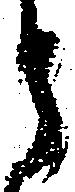
そ